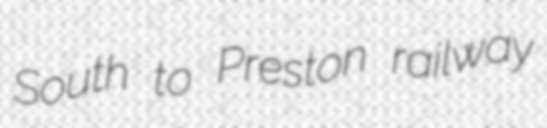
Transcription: South to Preston railway